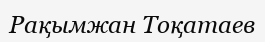
Рақымжан Тоқатаев